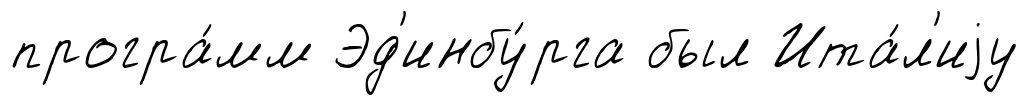
програ́мм Эд'инбу́рга был Ита́л'иjу